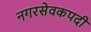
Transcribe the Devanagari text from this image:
नगरसेवकपदी